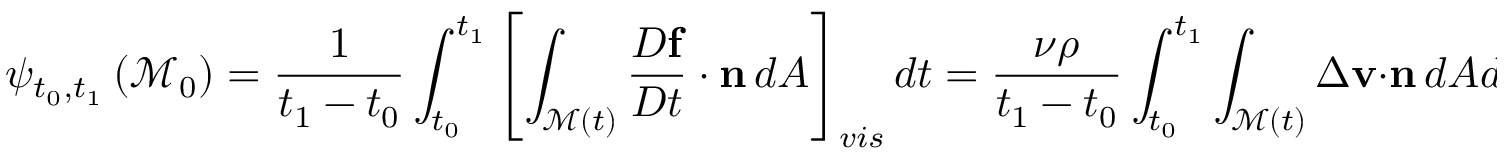
\psi _ { t _ { 0 } , t _ { 1 } } \left( \mathcal { M } _ { 0 } \right) = \frac { 1 } { t _ { 1 } - t _ { 0 } } \int _ { t _ { 0 } } ^ { t _ { 1 } } \left[ \int _ { \mathcal { M } ( t ) } \frac { D \mathbf { f } } { D t } \cdot \mathbf { n } \, d A \right] _ { v i s } d t = \frac { \nu \rho } { t _ { 1 } - t _ { 0 } } \int _ { t _ { 0 } } ^ { t _ { 1 } } \int _ { \mathcal { M } ( t ) } \Delta \mathbf { v } \cdot \mathbf { n } \, d A d t ,